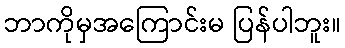
ဘာကိုမှအကြောင်းမ ပြန်ပါဘူး။